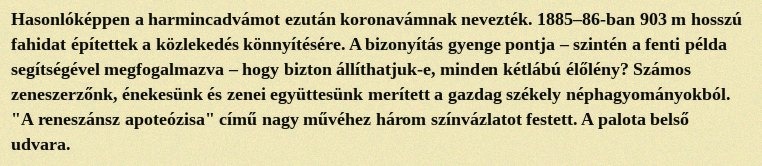
Hasonlóképpen a harmincadvámot ezután koronavámnak nevezték. 1885–86-ban 903 m hosszú fahidat építettek a közlekedés könnyítésére. A bizonyítás gyenge pontja – szintén a fenti példa segítségével megfogalmazva – hogy bizton állíthatjuk-e, minden kétlábú élőlény? Számos zeneszerzőnk, énekesünk és zenei együttesünk merített a gazdag székely néphagyományokból. "A reneszánsz apoteózisa" című nagy művéhez három színvázlatot festett. A palota belső udvara.